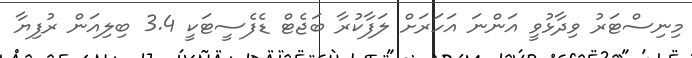
މިނިސްޓަރު ވިދާޅުވީ އަންނަ އަހަރަށް ލަފާކުރާ ބަޖެޓް ޑެފެސީޓަކީ 3.4 ބިލިއަން ރުފިޔާ